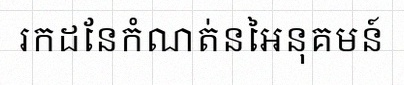
រកដែនកំណត់នៃអនុគមន៍